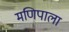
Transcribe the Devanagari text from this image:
मणिपाला